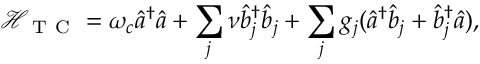
{ \mathcal { H } } _ { \mathrm { ~ T ~ C ~ } } = \omega _ { c } \hat { a } ^ { \dagger } \hat { a } + \sum _ { j } \nu \hat { b } _ { j } ^ { \dagger } \hat { b } _ { j } + \sum _ { j } g _ { j } ( \hat { a } ^ { \dagger } \hat { b } _ { j } + \hat { b } _ { j } ^ { \dagger } \hat { a } ) ,